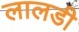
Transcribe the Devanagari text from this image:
लालडी